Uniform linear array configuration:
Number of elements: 48
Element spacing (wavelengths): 1
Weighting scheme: hann
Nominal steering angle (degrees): -30
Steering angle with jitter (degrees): -29.69
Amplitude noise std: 0.05
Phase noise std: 0.05

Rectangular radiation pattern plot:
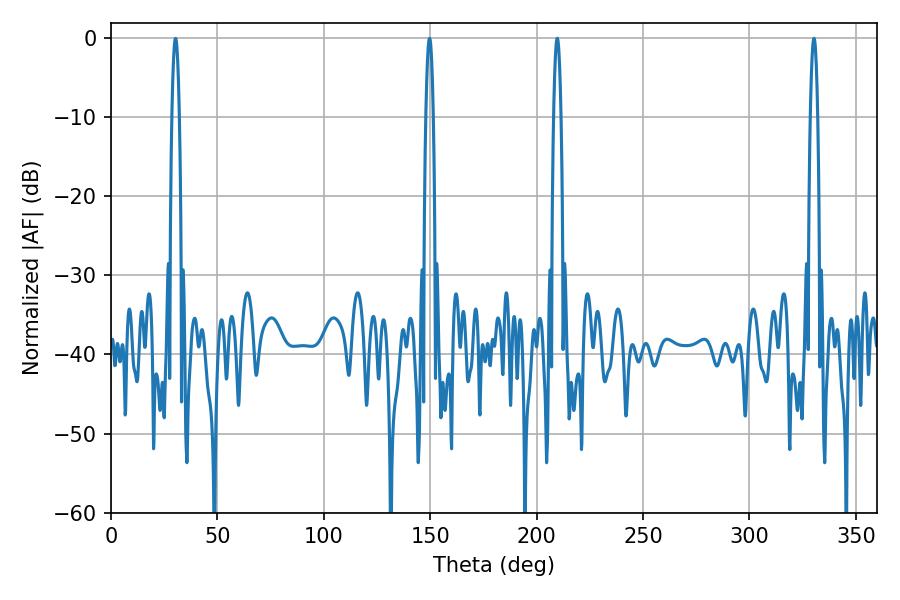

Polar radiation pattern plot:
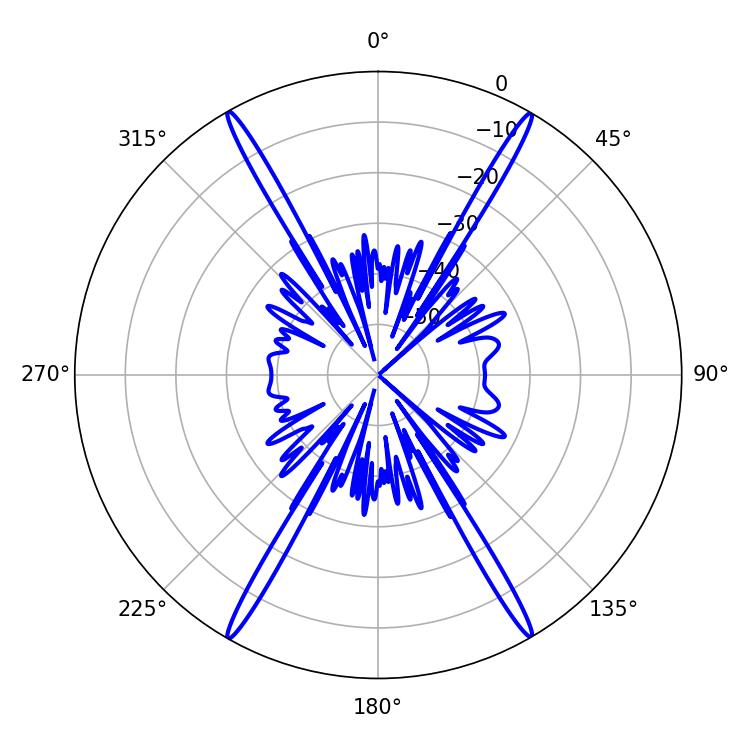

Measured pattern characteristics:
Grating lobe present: TRUE
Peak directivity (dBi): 32.933
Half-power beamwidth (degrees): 1.8
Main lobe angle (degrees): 209.7